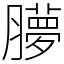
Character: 䑅